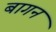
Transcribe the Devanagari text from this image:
बागन